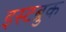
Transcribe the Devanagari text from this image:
इस्टब्रुक